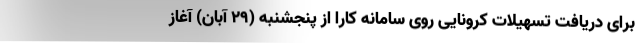
برای دریافت تسهیلات کرونایی روی سامانه کارا از پنجشنبه (۲۹ آبان) آغاز